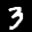
Label: 3